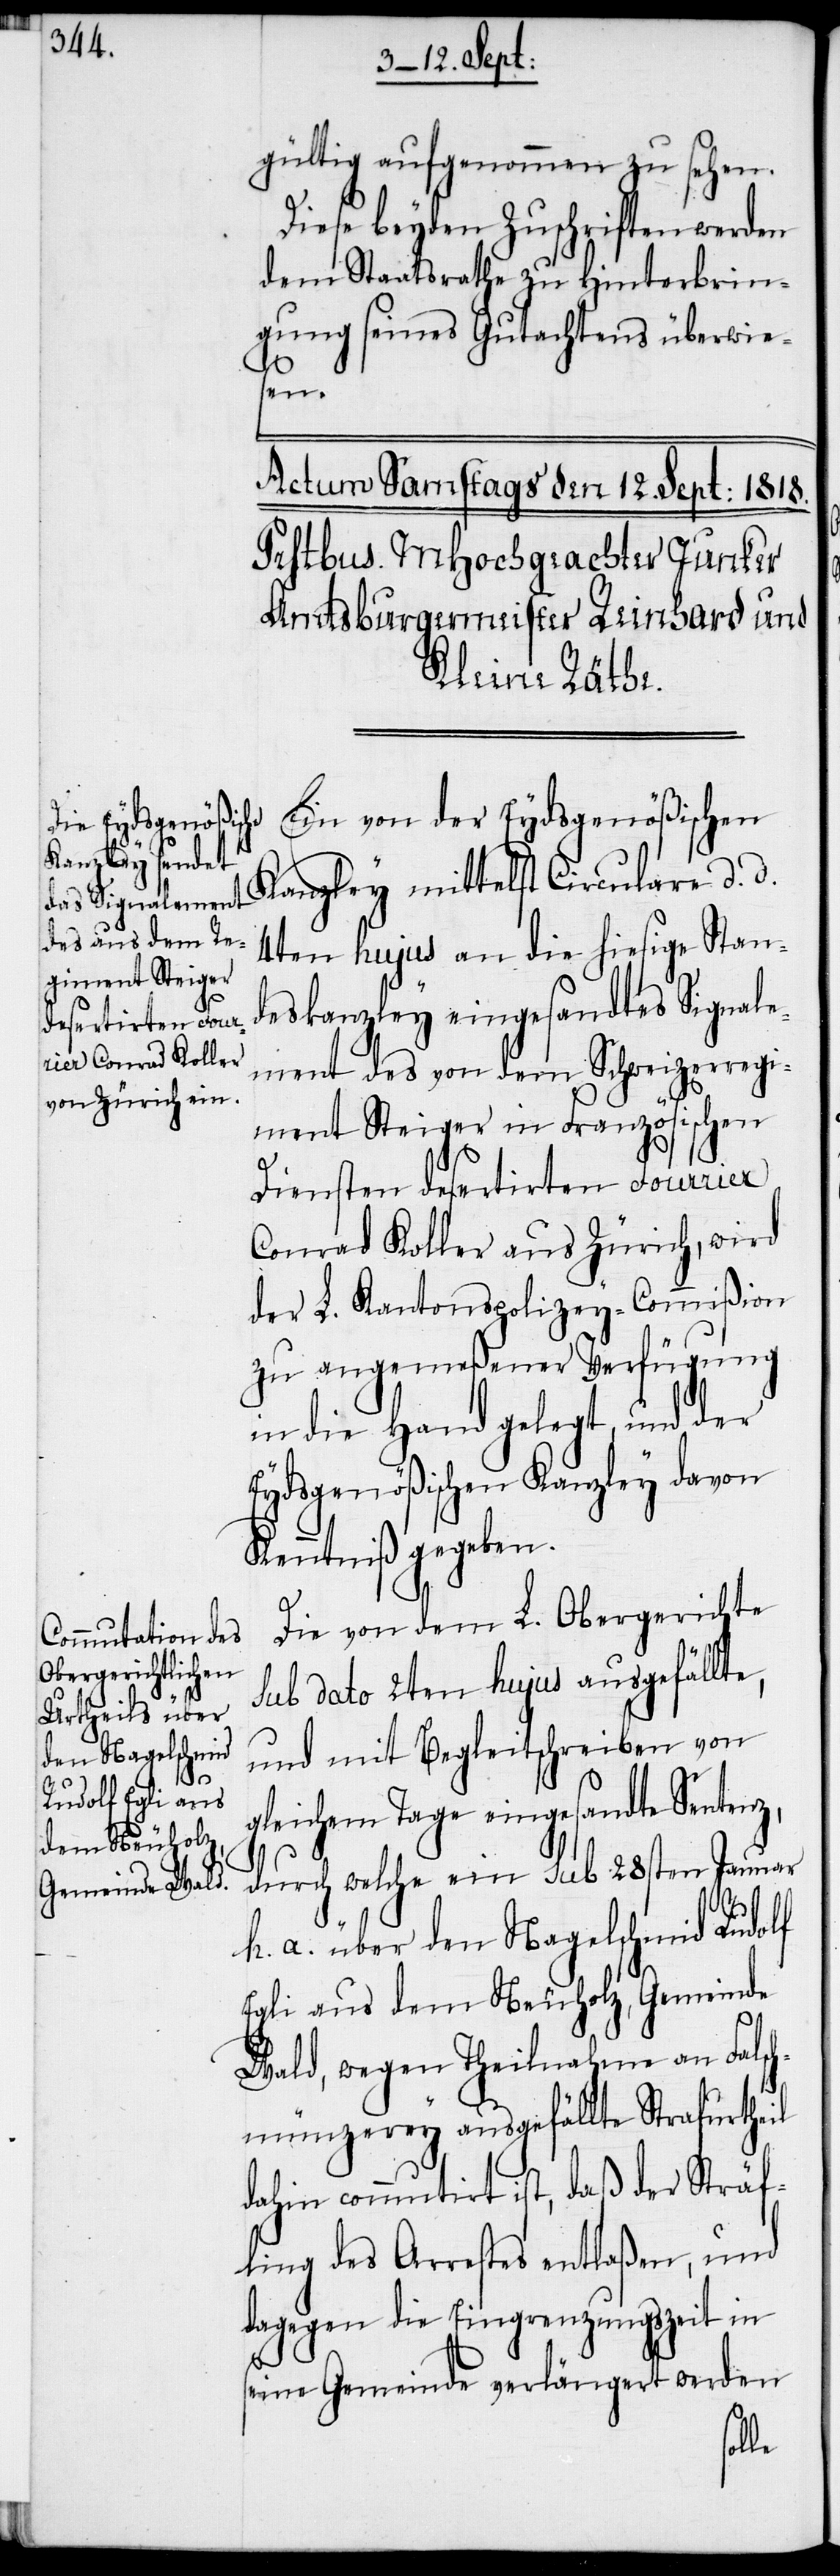
gültig aufgenommen zu sehen.
Diese beyden Zuschriften werden
dem Staatsrathe zu Hinterbrin¬
gung seines Gutachtens überwie¬
sen.
Ein von der Eydsgenößischen
Kanzley mittelst Circulare d. d.
4ten hujus an die hiesige Stan¬
deskanzley eingesandtes Signale¬
ment des von dem Schweizerregi¬
ment Steiger in Französischen
Diensten desertirten Fourrier
Conrad Koller aus Zürich, wird
der L. Kantonspolizey-Commißion
zu angemeßener Verfügung
in die Hand gelegt, und der
Eydsgenößischen Kanzley davon
Kenntniß gegeben.
Die von dem L. Obergerichte
sub dato 2ten hujus ausgefällte,
und mit Begleitschreiben von
gleichem Tage eingesandte Sentenz,
durch welche ein sub 28sten Januar
h. a. über den Nagelschmid Rudolf
Egli aus dem Neuholz, Gemeinde
Wald, wegen Theilnahme an Falsch¬
münzerey ausgefällte Strafurtheil
dahin commutirt ist, daß der Sträf¬
ling des Arrestes entlaßen, und
dagegen die Eingrenzungszeit in
seine Gemeinde verlängert werden